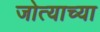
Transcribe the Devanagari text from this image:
जोत्याच्या